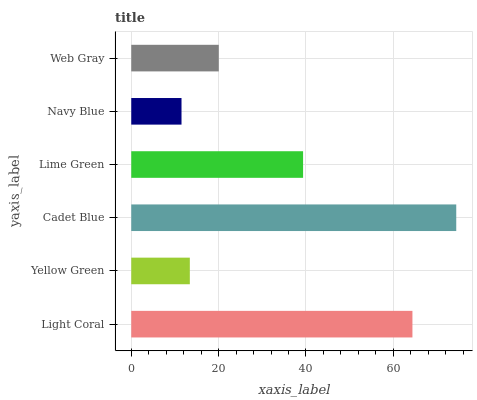
| yaxis_label | bars |
 | --- | --- |
 | Light Coral | 64.4 |
 | Yellow Green | 13.4 |
 | Cadet Blue | 74.4 |
 | Lime Green | 39.3 |
 | Navy Blue | 11.5 |
 | Web Gray | 20 |